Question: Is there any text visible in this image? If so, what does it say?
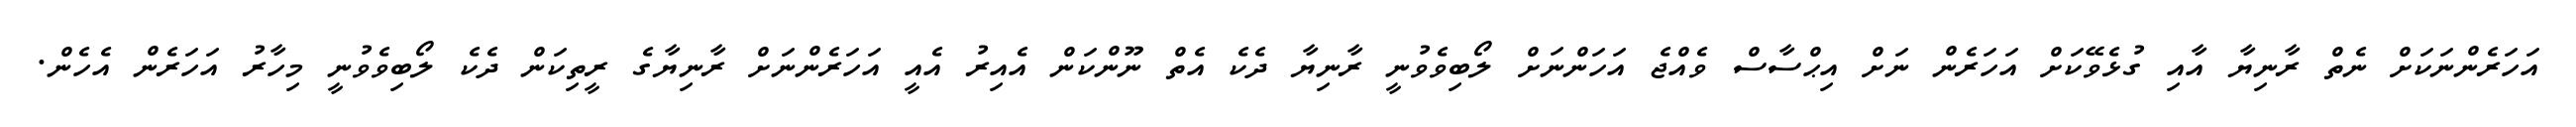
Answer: އަހަރެންނަކަށް ނެތް ރާނިޔާ އާއި ގުޅެވޭކަށް އަހަރެން ނަށް އިޙްސާސް ވެއްޖެ އަހަންނަށް ލޯބިވެވުނީ ރާނިޔާ ދެކެ އެތް ނޫންކަން އެއިރު އެއީ އަހަރެންނަށް ރާނިޔާގެ ރީތިކަން ދެކެ ލޯބިވެވުނީ މިހާރު އަހަރެން އެހެން.